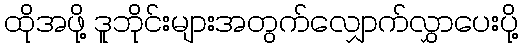
ထိုအဖို့ ဒူဘိုင်းများအတွက်လျှောက်လွှာပေးပို့